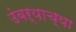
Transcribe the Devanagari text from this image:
उंबऱ्याच्या